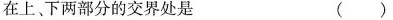
在上、下两部分的交界处是 ( )